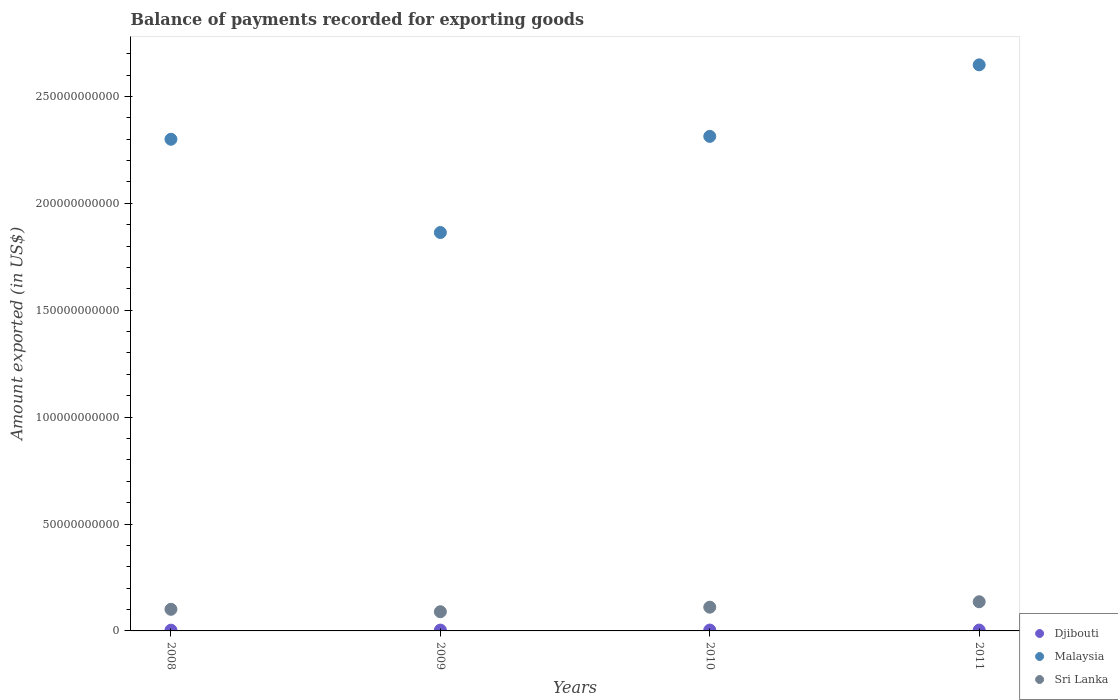
| Years | Djibouti | Malaysia | Sri Lanka |
 | --- | --- | --- | --- |
 | 2008 | 3.53e+08 | 2.3e+11 | 1.01e+10 |
 | 2009 | 3.86e+08 | 1.86e+11 | 8.98e+09 |
 | 2010 | 4.06e+08 | 2.31e+11 | 1.11e+10 |
 | 2011 | 4.04e+08 | 2.65e+11 | 1.36e+10 |